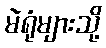
မဲရုံများသို့